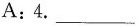
A:4.___